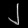
Digit: ၂